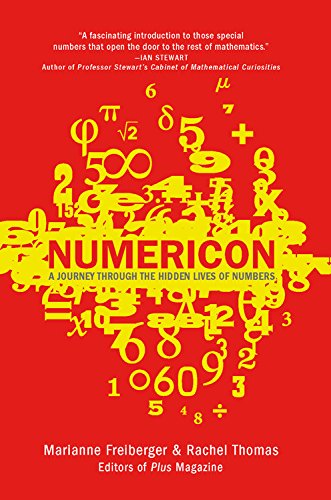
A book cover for Numericon: The Hidden Lives of Numbers; Marianne Freiberger; Science & Math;